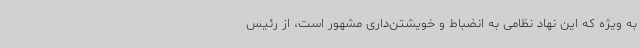
به ویژه که این نهاد نظامی به انضباط و خویشتن‌داری مشهور است، از رئیس